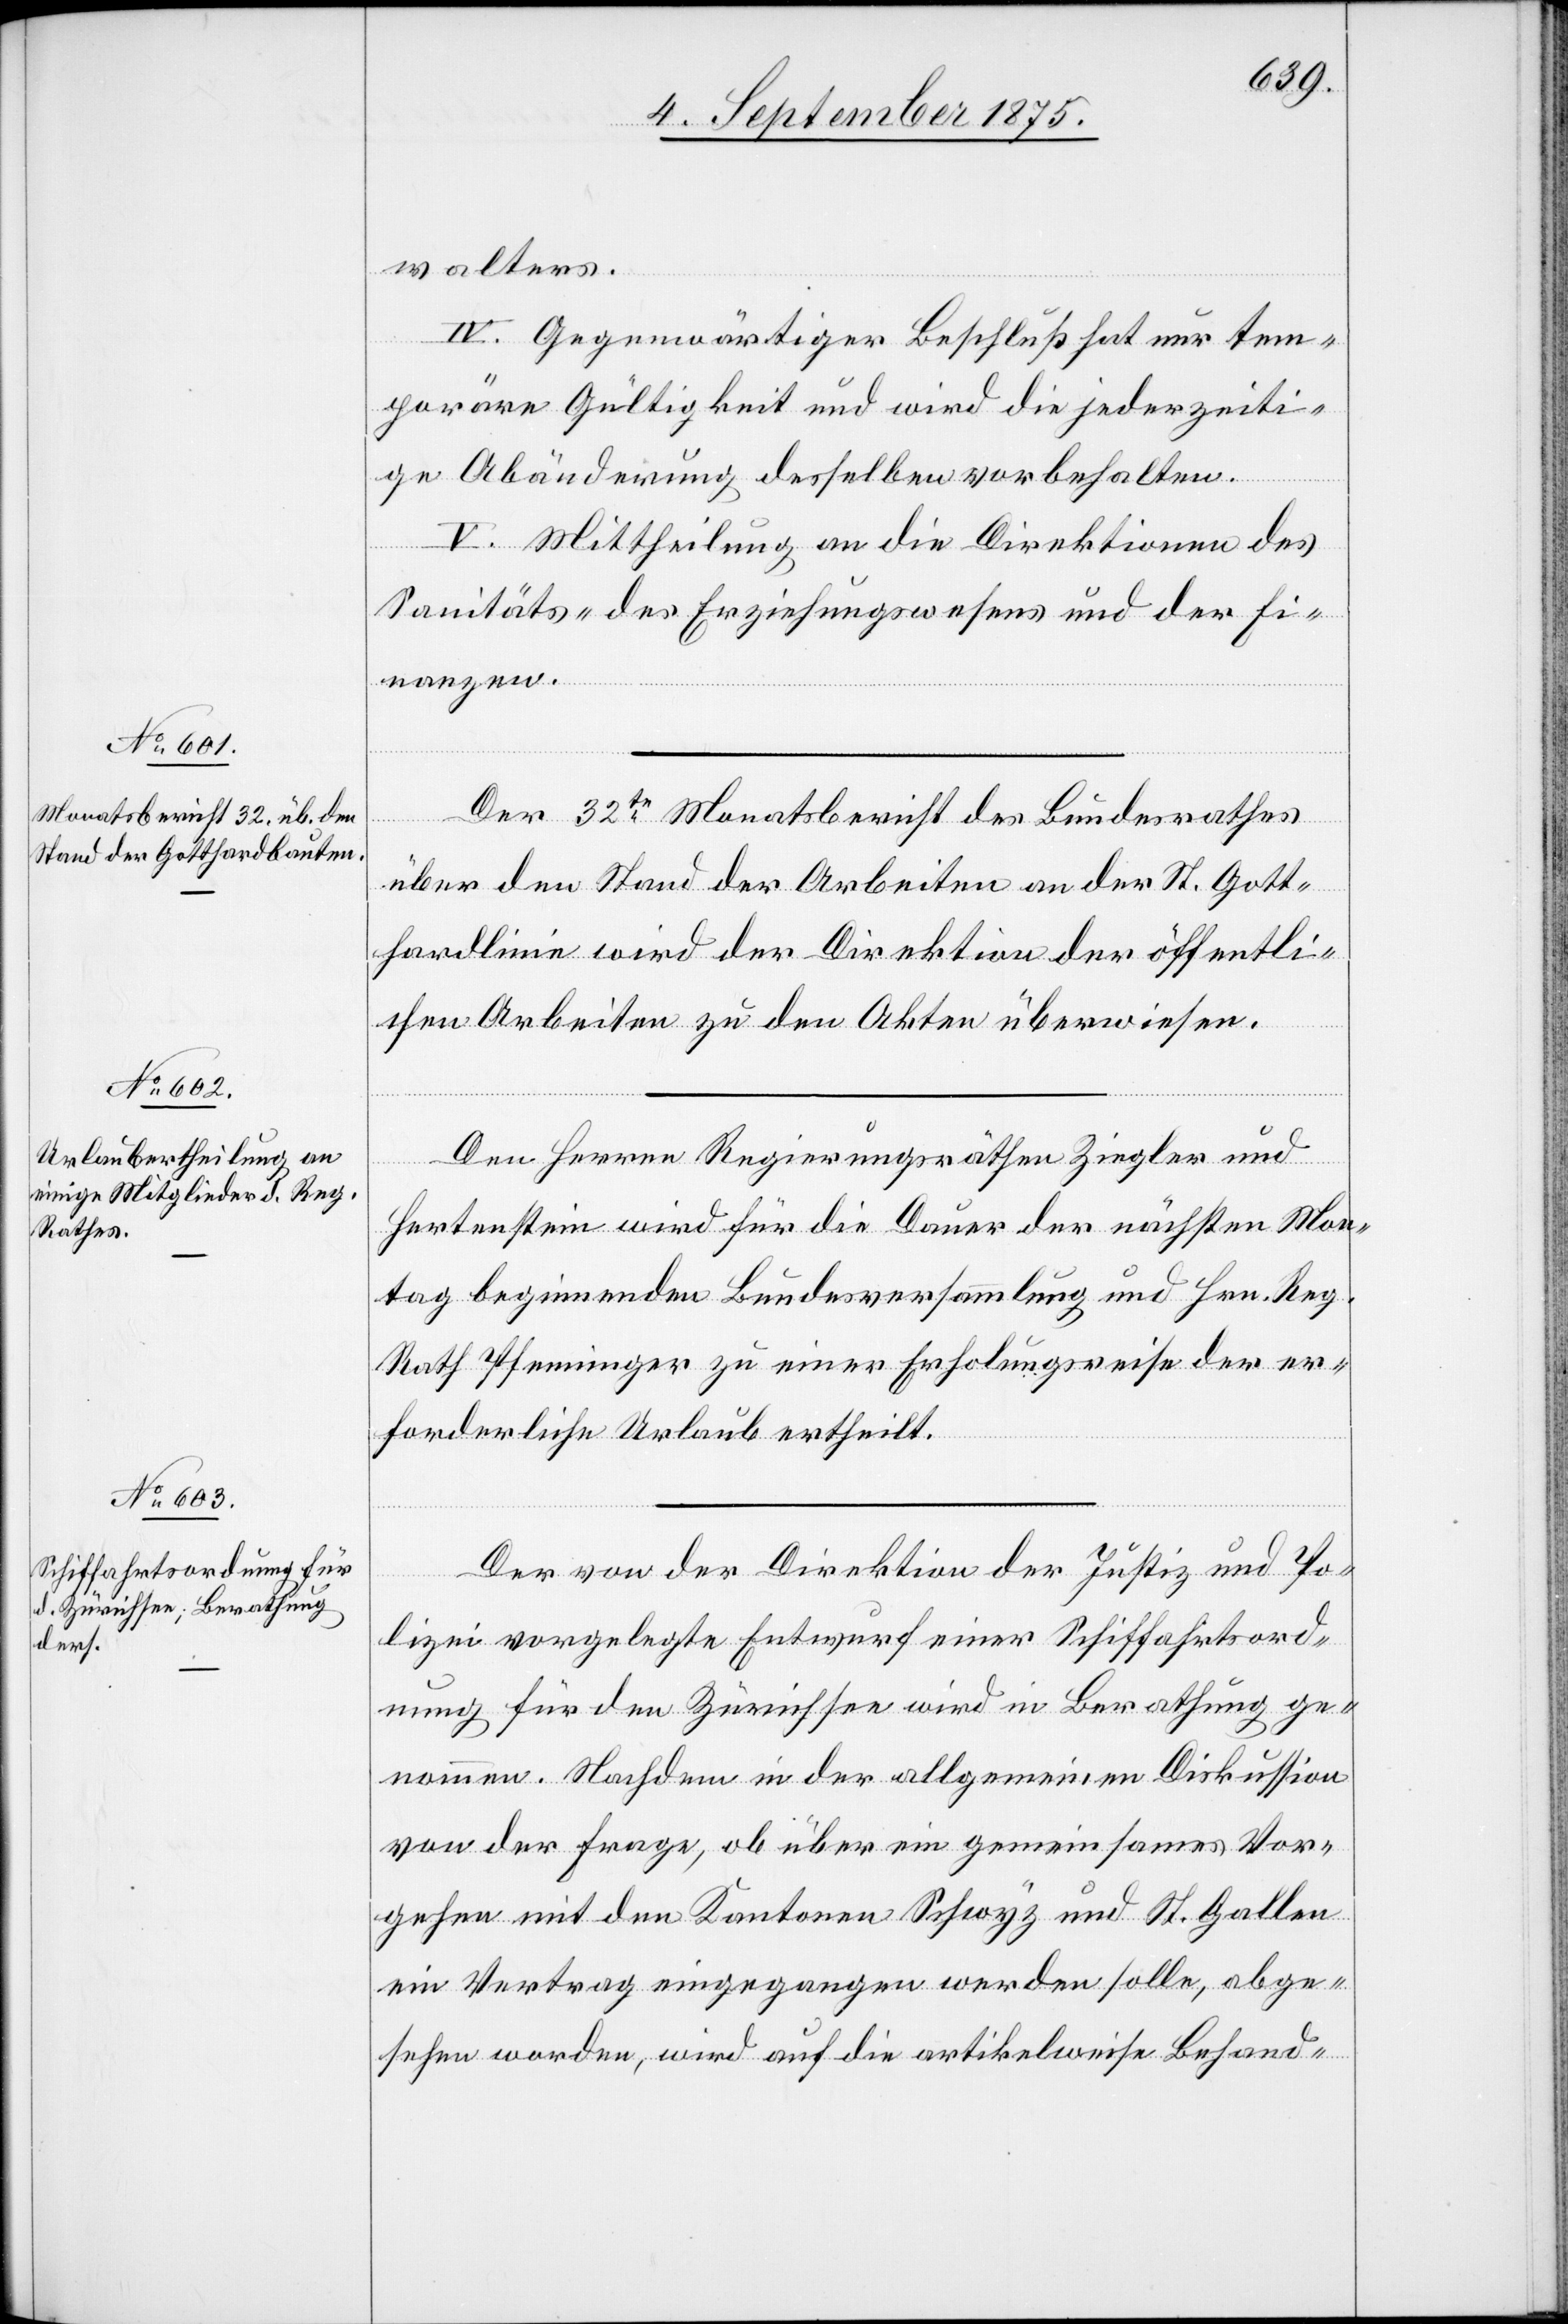
walters.
IV. Gegenwärtiger Beschluß hat nur tem¬
poräre Gültigkeit und wird die jederzeiti¬
ge Abänderung desselben vorbehalten.
V. Mittheilung an die Direktionen des
Sanitäts- des Erziehungswesens und der Fi¬
nanzen.
Der 32te Monatsbericht des Bundesrathes
über den Stand der Arbeiten an der St. Gott¬
hardlinie wird der Direktion der öffentli¬
chen Arbeiten zu den Akten überwiesen.
Den Herren Regierungsräthen Ziegler und
Hertenstein wird für die Dauer der nächsten Mon¬
tag beginnenden Bundesversammlung und Hrn. Reg.
Rath Pfenninger zu einer Erholungsreise der er¬
forderliche Urlaub ertheilt.
Der von der Direktion der Justiz- und Po¬
lizei vorgelegte Entwurf einer Schiffahrtsord¬
nung für den Zürichsee wird in Berathung ge¬
nommen. Nachdem in der allgemeinen Diskussion
von der Frage, ob über ein gemeinsames Vor¬
gehen mit dem Kanton Schwyz und St. Gallen
ein Vertrag eingegangen werden solle, abge¬
sehen worden, wird auf die artikelweise Behand-